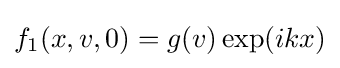
f_{1}(x,v,0)=g(v)\exp(ikx)